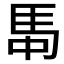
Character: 𮩸